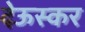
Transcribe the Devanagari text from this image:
देऊस्कर